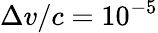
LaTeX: \Delta v/c=10^{-5}